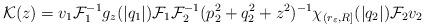
LaTeX: \begin{align*}\mathcal{K} (z) = v_1 \mathcal{F}_1^{-1} g_z (|q_1|) \mathcal{F}_1\mathcal{F}_2^{-1} (p_2^2 +q_2^2 + z^2)^{-1} \chi_{(r_\varepsilon , R]} (|q_2|)\mathcal{F}_2 v_2 \end{align*}